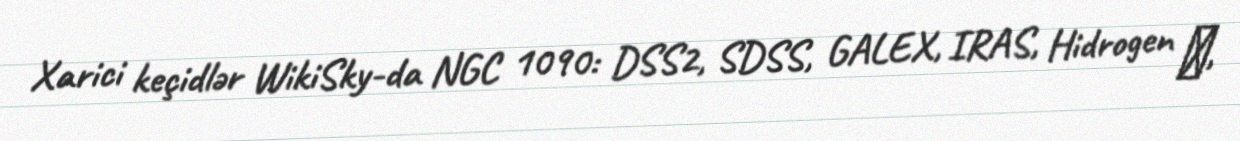
Xarici keçidlər WikiSky-da NGC 1090: DSS2, SDSS, GALEX, IRAS, Hidrogen α,